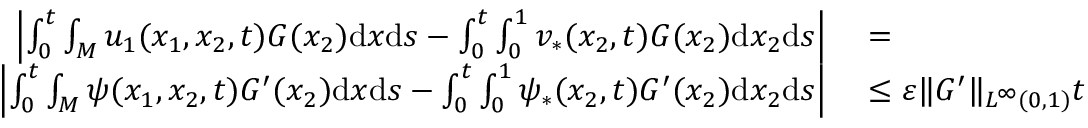
\begin{array} { r l } { \left| \int _ { 0 } ^ { t } \int _ { M } u _ { 1 } ( x _ { 1 } , x _ { 2 } , t ) G ( x _ { 2 } ) \mathrm { d } x \mathrm { d } s - \int _ { 0 } ^ { t } \int _ { 0 } ^ { 1 } v _ { * } ( x _ { 2 } , t ) G ( x _ { 2 } ) \mathrm { d } x _ { 2 } \mathrm { d } s \right| } & { { } = } \\ { \left| \int _ { 0 } ^ { t } \int _ { M } \psi ( x _ { 1 } , x _ { 2 } , t ) G ^ { \prime } ( x _ { 2 } ) \mathrm { d } x \mathrm { d } s - \int _ { 0 } ^ { t } \int _ { 0 } ^ { 1 } \psi _ { * } ( x _ { 2 } , t ) G ^ { \prime } ( x _ { 2 } ) \mathrm { d } x _ { 2 } \mathrm { d } s \right| } & { { } \leq \varepsilon \| G ^ { \prime } \| _ { L ^ { \infty } ( 0 , 1 ) } t } \end{array}